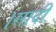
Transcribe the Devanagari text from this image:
।सादी